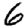
Digit: 6